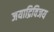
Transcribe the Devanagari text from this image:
जयाद्रिविजय